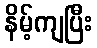
နိမ့်ကျပြီး